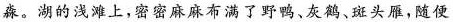
淼。湖的浅滩上，密密麻麻布满了野鸭、灰鹅、斑头雁，随便